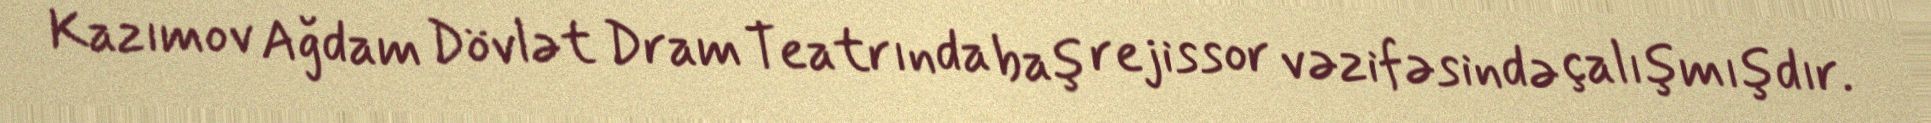
Kazımov Ağdam Dövlət Dram Teatrında baş rejissor vəzifəsində çalışmışdır.